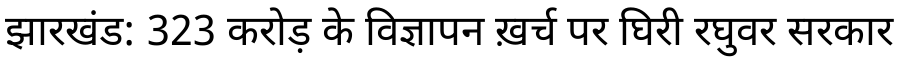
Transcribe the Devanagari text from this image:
झारखंड: 323 करोड़ के विज्ञापन ख़र्च पर घिरी रघुवर सरकार